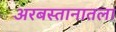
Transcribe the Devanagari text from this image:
अरबस्तानातला